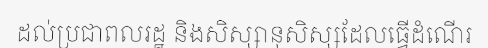
ដល់ប្រជាពលរដ្ឋ និងសិស្សានុសិស្សដែលធ្វើដំណើរ